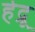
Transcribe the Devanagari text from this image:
हेद्रू